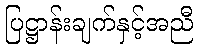
ပြဋ္ဌာန်းချက်နှင့်အညီ